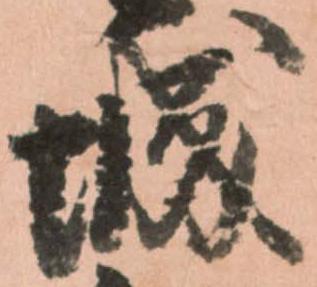
城